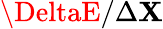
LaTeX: \DeltaE/\Delta\mathbf{X}